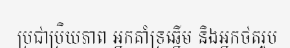
ប្រជាប្រិយភាព អ្នកគាំទ្រឆ្នើម និងអ្នកថតរូប